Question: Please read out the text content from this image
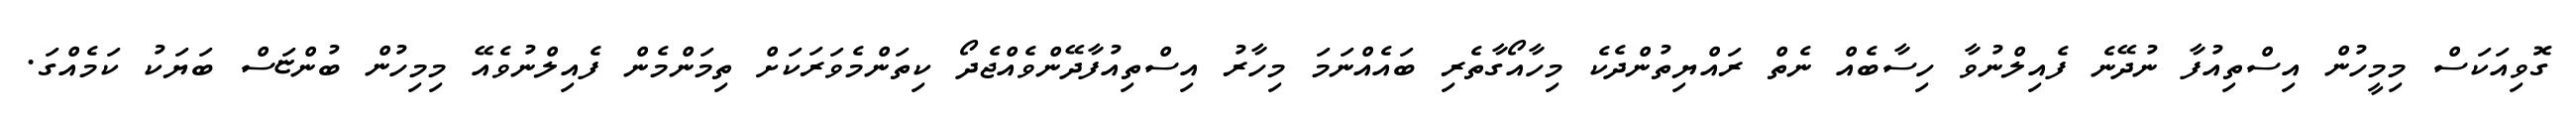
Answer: ގޮވިއަކަސް މިމީހުން އިސްތިއުފާ ނުދޭނެ ފެއިލްނުވާ ހިސާބެއް ނެތް ރައްޔިތުންދެކެ މިހާއޯގާތެރި ބައެއްނަމަ މިހާރު އިސްތިއުފާދޭންވެއްޖެދޯ ކިތަންމެވަރަކަށް ތިމަންމެން ފެއިލްނުވެއޭ މިމިހުން ބުންޏަސް ބަޔަކު ކަމެއްގަ.